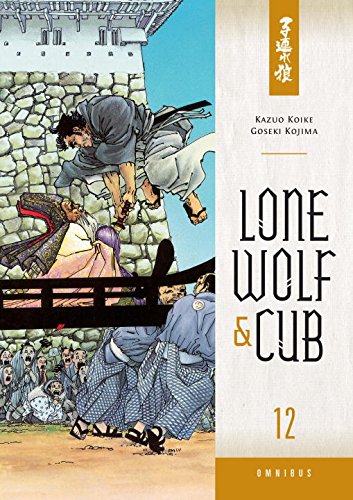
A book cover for Lone Wolf and Cub Omnibus Volume 12; Kazuo Koike; Comics & Graphic Novels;